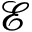
\mathscr { E }